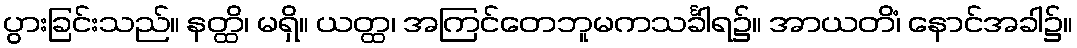
ပွားခြင်းသည်။ နတ္ထိ၊ မရှိ။ ယတ္ထ၊ အကြင်တေဘူမကသင်္ခါရ၌။ အာယတိံ၊ နောင်အခါ၌။